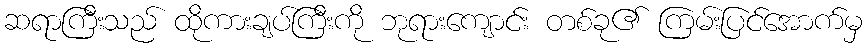
ဆရာကြီးသည် ထိုကားချပ်ကြီးကို ဘုရားကျောင်း တစ်ခု၏ ကြမ်းပြင်အောက်မှ